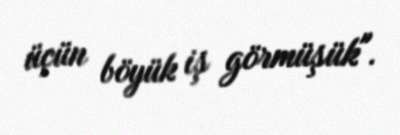
üçün böyük iş görmüşük".